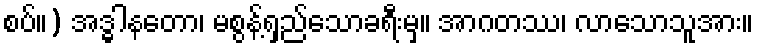
စပ်။) အဒ္ဓါနတော၊ မစွန့်ရှည်သောခရီးမှ။ အာဂတဿ၊ လာသောသူအား။